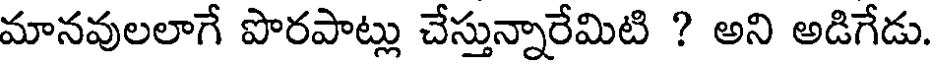
మానవులలాగే పొరపాట్లు చేస్తున్నారేమిటి ? అని అడిగేడు.